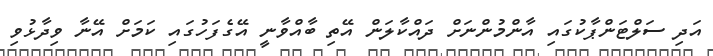
އަދި ސަލްޓަންޕާކުގައި އާންމުންނަށް ދައްކާލަން އޭތި ބާއްވާނީ އޭގެފަހުގައި ކަމަށް އޭނާ ވިދާޅުވި